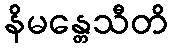
နိမန္တေသီတိ